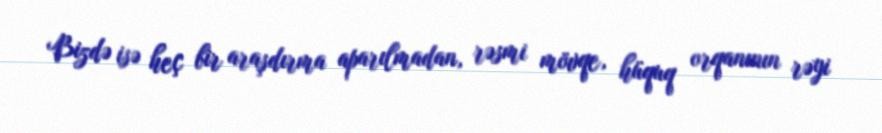
Bizdə isə heç bir araşdırma aparılmadan, rəsmi mövqe, hüquq orqanının rəyi